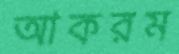
আকরম